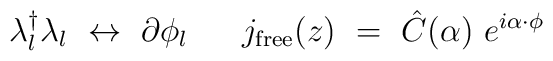
\lambda_l^{\dagger} \lambda_l ~\leftrightarrow ~ \partial \phi_l{}~~~~~j_{\rm free}(z) ~=~ {\hat C} (\alpha) ~ e^{i \alpha \cdot \phi}